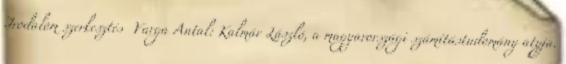
Irodalom szerkesztés Varga Antal: Kalmár László, a magyarországi számítástudomány atyja.